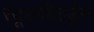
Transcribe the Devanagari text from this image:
स्कूलचिल्ड्रेन